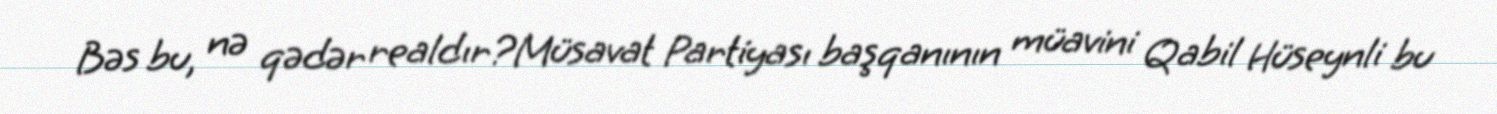
Bəs bu, nə qədər realdır?Müsavat Partiyası başqanının müavini Qabil Hüseynli bu